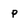
Character: p